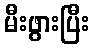
မီးဖွားပြီး